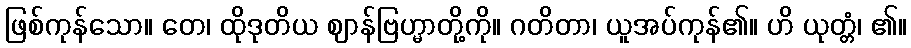
ဖြစ်ကုန်သော။ တေ၊ ထိုဒုတိယ ဈာန်ဗြဟ္မာတို့ကို။ ဂတိတာ၊ ယူအပ်ကုန်၏။ ဟိ ယုတ္တံ၊ ၏။